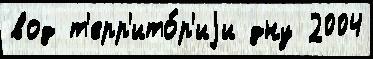
вод т'ерр'ито́р'иjи дну 2004